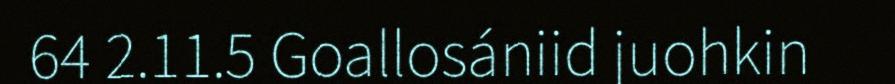
64 2.11.5 Goallosániid juohkin